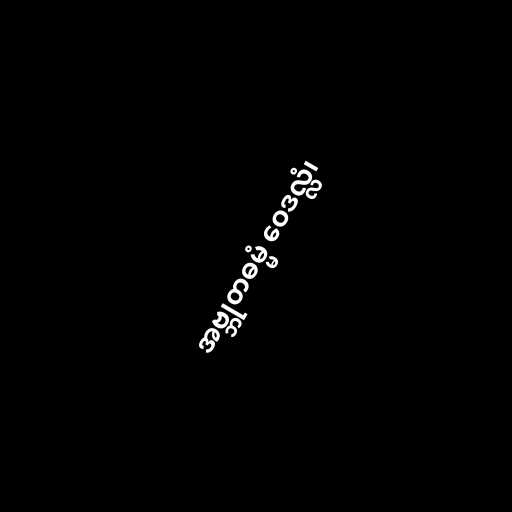
အဗ္ဘုတဓမ္မံ ဝေဒလ္လံ၊